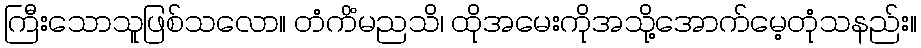
ကြီးသောသူဖြစ်သလော။ တံကိံမညသိ၊ ထိုအမေးကိုအသို့အောက်မေ့တုံသနည်း။